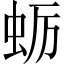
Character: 蛎